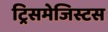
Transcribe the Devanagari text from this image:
ट्रिसमेजिस्टस